Board of Education Examinations in Art and in Science and Technology, and Examinations of the City and Guilds of London Institute, 1916, 1916
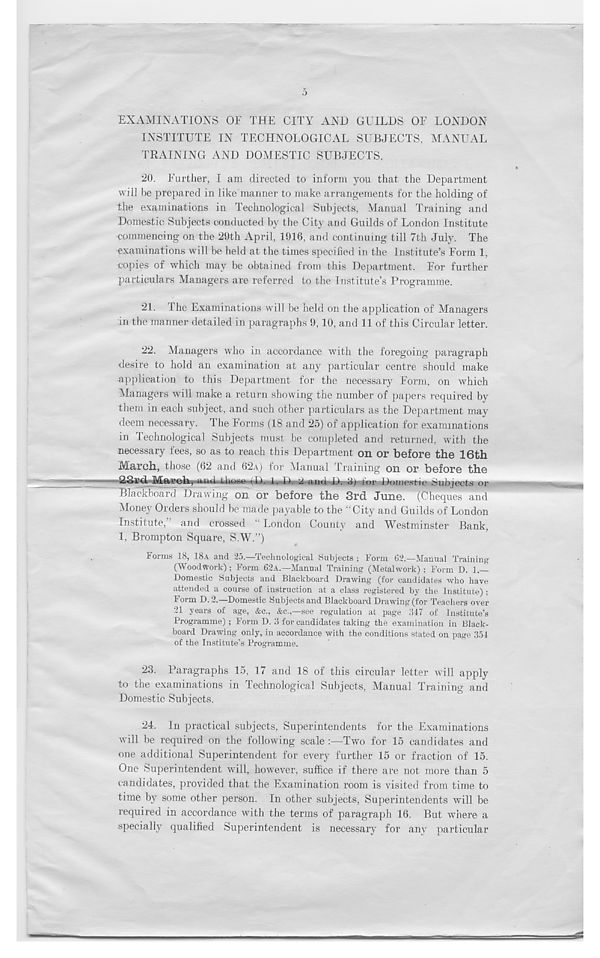
EXAMINATIONS OF THE CITY AND GUILDS OF LONDON
INSTITUTE IN TECHNOLOGICAL SUBJECTS, MANUAL
TRAINING AND DOMESTIC SUBJECTS.
20. Further, I am directed to inform you that the Department
will be prepared in like manner to make arrangements for the holding of
the examinations in Technological Subjects, Manual Training and
Domestic Subjects conducted by the City and Guilds of London Institute
commencing on the 29th April, 1916, and continuing till 7th July. The
examinations will be held at the times specified in the Institute’s Form 1,
copies of which may be obtained from this Department. For further
particulars Managers are referred to the Institute’s Programme.
21. The Examinations will be held on the application of Managers
in the manner detailed in paragraphs 9, 10, and 11 of this Circular letter.
22. Managers who in accordance with the foregoing paragraph
desire to hold an examination at any particular centre should make
application to this Department for the necessary Form, on which
Managers will make a return showing the number of papers required by
them in each subject, and such other particulars as the Department may
deem necessary. The Forms (18 and 25) of application for examinations
in Technological Subjects must be completed and returned, with the
necessary fees, so as to reach this Department on or before the 16th
March, those (62 and 62A) for Manual Training on or before the
23rd March, a,utl tho«©«^D» i, D. 2 and D.
lor Domestic iSubjects or
Blackboard Drawing on or before the 3rd June. (Cheques and
Money Orders should be made payable to the “City and Guilds of London
Institute, and crossed " London County and Westminster Bank,
1. Brompton Square, S.W.”)
Forms 18, 18A and 25.—Technological Subjects ; Form 62.—Manual Training
(Woodwork) ; Form 62A.—Manual Training (Metalwork) ; Form D. 1.—
Domestic Subjects and Blackboard Drawing (for candidates who have
attended a course of instruction at a class registered by the Institute) ;
Form D. 2.—Domestic Subjects and Blackboard Drawing (for Teachers over
21 years of age, &c., &c.,—see regulation at page .‘517 of Institute’s
Programme) ; Form D. 3 for candidates taking the examination in Black-
board Drawing only, in accordance with the conditions stated on page 351
of the Institute’s Programme.
23. Paragraphs 15, 17 and 18 of this circular letter will apply
to the examinations in Technological Subjects, Manual Training and
Domestic Subjects.
24. In practical subjects, Superintendents for the Examinations
will be required on the following scale :—Two for 15 candidates and
one additional Superintendent for every further 15 or fraction of 15.
One Superintendent will, however, suffice if there are not more than 5
candidates, provided that the Examination room is visited from time to
time by some other person. In other subjects, Superintendents will be
required in accordance with the terms of paragraph 16. But where a
specially qualified Superintendent is necessary for any particular